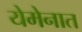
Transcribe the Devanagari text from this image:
येमेनात